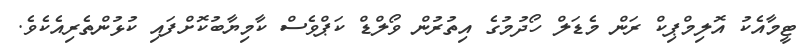
ޓީމާއެކު އޮލިމްޕިކް ރަން މެޑަލް ހޯދުމުގެ އިތުރުން ވޯލްޑް ކަޕްވެސް ކާމިޔާބުކޮށްފައި ކުޅުންތެރިއެކެވެ.